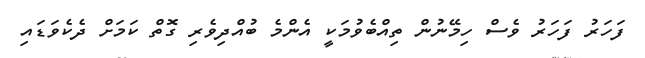
ފަހަރު ފަހަރު ވެސް ހިމޭނުން ތިއްބެވުމަކީ އެންމެ ބުއްދިވެރި ގޮތް ކަމަށް ދެކެވަޑައި